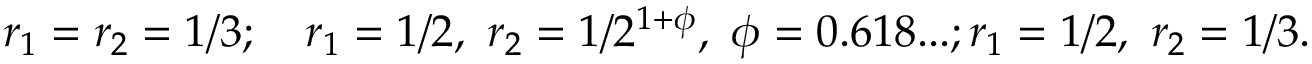
r _ { 1 } = r _ { 2 } = 1 / 3 ; \quad r _ { 1 } = 1 / 2 , ~ r _ { 2 } = 1 / 2 ^ { 1 + \phi } , ~ \phi = 0 . 6 1 8 . . . ; r _ { 1 } = 1 / 2 , ~ r _ { 2 } = 1 / 3 .